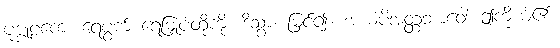
ပုဗ္ဗုဠကေ၊ ရေပွက် ရေမြှုပ်တို့ကို။ ဒိသွာ၊ မြင်၍။ အယံပိအတ္တဘာဝေါ၊ ဤကိုယ်၏